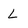
Character: L